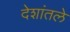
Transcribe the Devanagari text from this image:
देशांतले